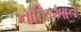
નાઝિઆત